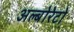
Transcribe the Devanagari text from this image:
अल्बोरेटो